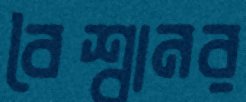
বৈশ্বানর